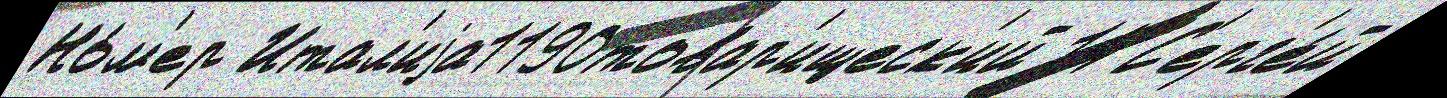
Но́м'ер Итал'иjа1190товар'ищеск'ий 14 С'ерг'е́й